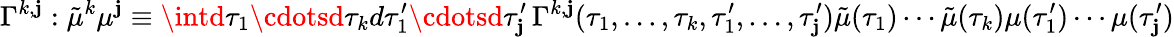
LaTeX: \Gamma^{k,\mathbf{j}}:\tilde{{\mu}}^{k}\mu^{\mathbf{j}}\equiv\intd\tau_{1}\cdotsd\tau_{k}d\tau_{1}^{\prime}\cdotsd\tau_{\mathbf{j}}^{\prime}\, \Gamma^{k,\mathbf{j}}(\tau_{1},\dots,\tau_{k},\tau_{1}^{\prime},\dots,\tau_{\mathbf{j}}^{\prime})\tilde{{\mu}}(\tau_{1})\cdots\tilde{{\mu}}(\tau_{k})\mu(\tau_{1}^{\prime})\cdots\mu(\tau_{\mathbf{j}}^{\prime})